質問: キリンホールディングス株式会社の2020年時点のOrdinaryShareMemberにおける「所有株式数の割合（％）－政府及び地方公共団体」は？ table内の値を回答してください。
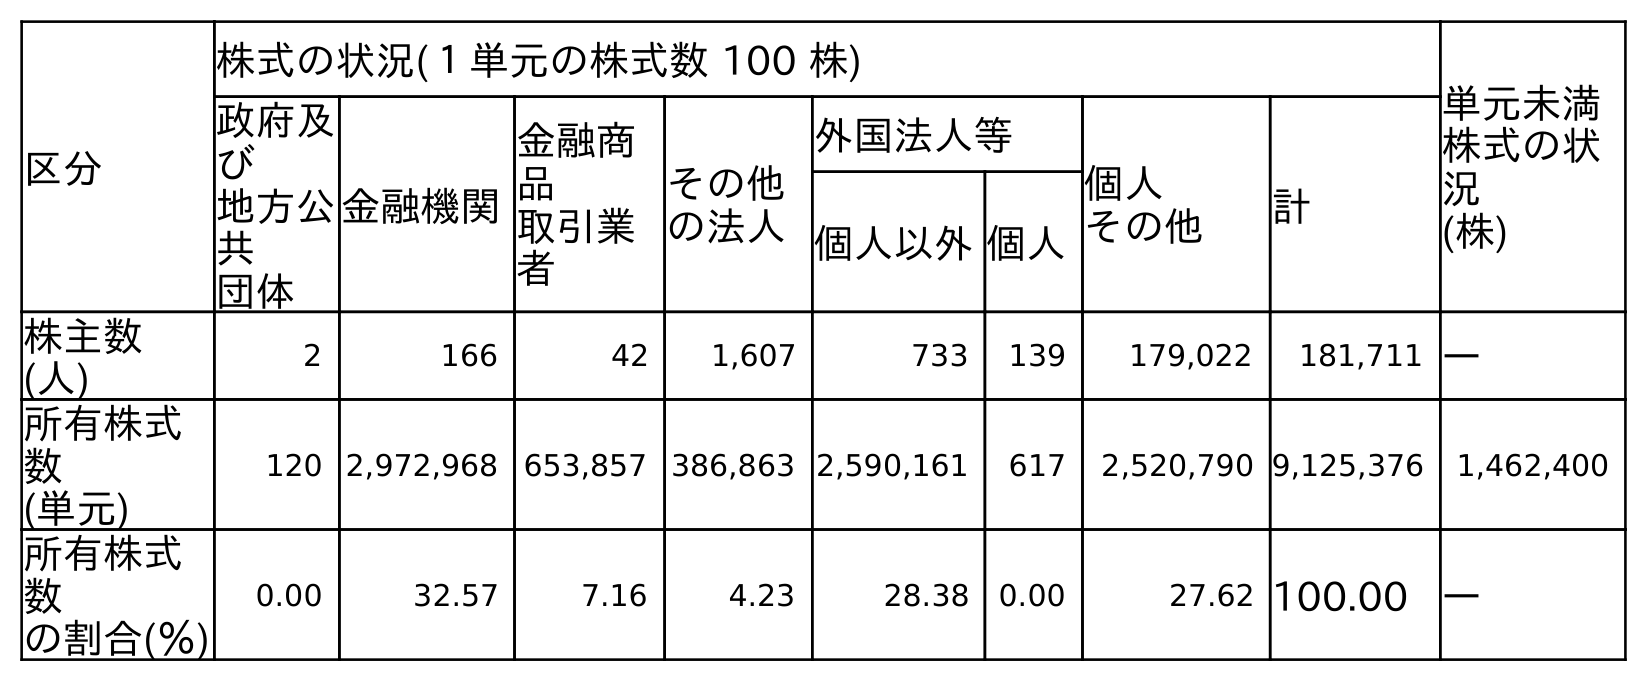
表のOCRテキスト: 区分 株式の状況(１単元の株式数 100 株) 単元未満 株式の状 況 (株) 政府及 び 地方公 共 団体 金融機関 金融商 品 取引業 者 その他 の法人 外国法人等 個人 その他 計 個人以外個人 株主数 (人) 2 166 42 1,607 733 139 179,022 181,711 ― 所有株式 数 (単元) 120 2,972,968 653,857 386,863 2,590,161 617 2,520,790 9,125,376 1,462,400 所有株式 数 の割合(％) 0.00 32.57 7.16 4.23 28.38 0.00 27.62 100.00 ―
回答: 0.00